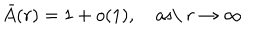
LaTeX: \bar { A } ( r ) = 1 + o ( 1 ) , \quad \mathrm { a s \ } r \to \infty